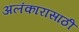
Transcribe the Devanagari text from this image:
अलंकारासाठी